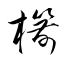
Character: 櫤